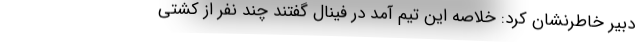
دبیر خاطرنشان کرد: خلاصه این تیم آمد در فینال گفتند چند نفر از کشتی